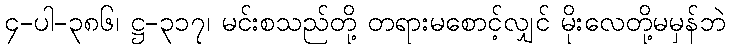
၄-ပါ-၃၈၆၊ ဋ္ဌ-၃၁၇၊ မင်းစသည်တို့ တရားမစောင့်လျှင် မိုးလေတို့မမှန်ဘဲ